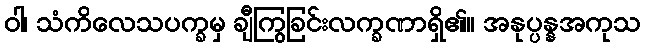
ဝါ၊ သံကိလေသပက္ခမှ ချီကြွခြင်းလက္ခဏာရှိ၏။ အနုပ္ပန္နအကုသ